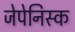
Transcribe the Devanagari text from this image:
जेपेनिस्क